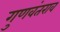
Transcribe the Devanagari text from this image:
गुणवंतराव